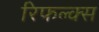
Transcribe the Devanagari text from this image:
रिफल्क्स